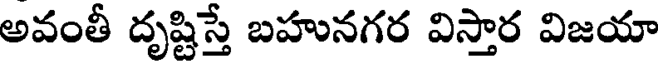
అవంతీ దృష్టిస్తే బహునగర విస్తార విజయా